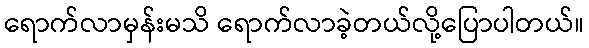
ရောက်လာမှန်းမသိ ရောက်လာခဲ့တယ်လို့ပြောပါတယ်။